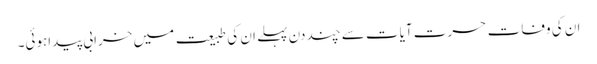
ان کی وفات حسرت آیات سے چند دن پہلے ان کی طبیعت میں خرابی پیداہوئی۔